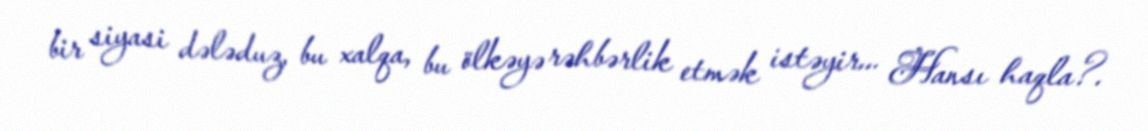
bir siyasi dələduz, bu xalqa, bu ölkəyə rəhbərlik etmək istəyir... Hansı haqla?.